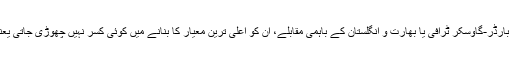
آسٹریلیا اور انگلستان کی ایشیز سیریز، بھارت اور آسٹریلیا کی بارڈر-گاوسکر ٹرافی یا بھارت و انگلستان کے باہمی مقابلے، ان کو اعلیٰ ترین معیار کا بنانے میں کوئی کسر نہیں چھوڑی جاتی یعنی اونچی دکان ہے تو اس کے شایانِ شان میٹھا پکوان بھی ہے۔